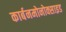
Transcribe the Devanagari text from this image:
कार्बनमोनोक्साइड